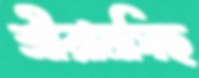
শ্রীরামসিছ